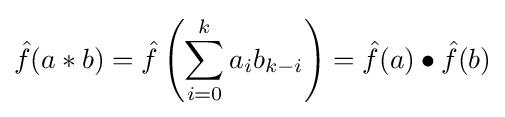
{\hat {f}}(a*b)={\hat {f}}\left(\sum _{i=0}^{k}a_{i}b_{k-i}\right)={\hat {f}}(a)\bullet {\hat {f}}(b)